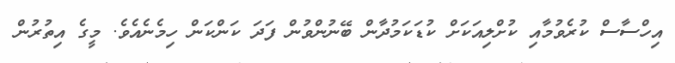
އިހްސާސް ކުރެވުމާއި ކުށްލިއަކަށް ކުޑަކަމުދާން ބޭނުންވުން ފަދަ ކަންކަން ހިމެނެއެވެ. މީގެ އިތުރުން